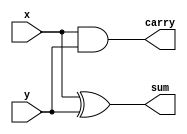
module half(x,y,sum,carry);
	input x,y;
	output sum,carry;
	assign sum = x^y;
	assign carry = x&y;
endmodule